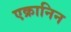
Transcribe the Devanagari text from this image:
एक्रानिन